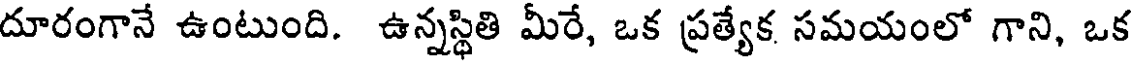
దూరంగానే ఉంటుంది. ఉన్నస్థితి మీరే, ఒక ప్రత్యేక సమయంలో గాని, ఒక